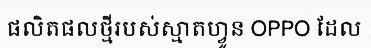
ផលិតផលថ្មីរបស់ស្មាតហ្វូន OPPO ដែល